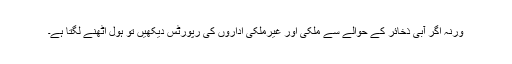
ورنہ اگر آبی ذخائر کے حوالے سے ملکی اور غیرملکی اداروں کی رپورٹس دیکھیں تو ہول اٹھنے لگتا ہے۔